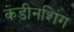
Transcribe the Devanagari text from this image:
कंडीनशिंग